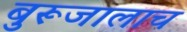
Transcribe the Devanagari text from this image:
बुरूजालाच